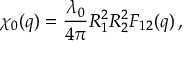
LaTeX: \chi _ { 0 } ( q ) = \frac { \lambda _ { 0 } } { 4 \pi } R _ { 1 } ^ { 2 } R _ { 2 } ^ { 2 } F _ { 1 2 } ( q ) \, ,